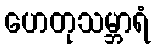
ဟေတုသမ္ဘာရံ